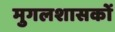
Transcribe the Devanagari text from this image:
मुगलशासकों